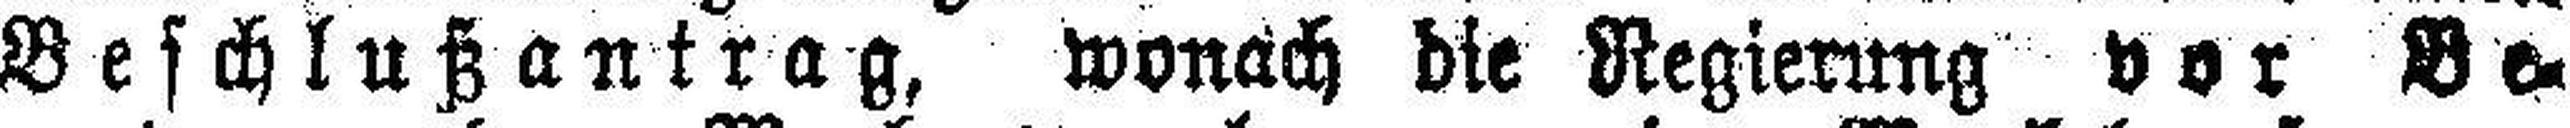
Beschlußantrag, wonach die Regierung vor Be¬